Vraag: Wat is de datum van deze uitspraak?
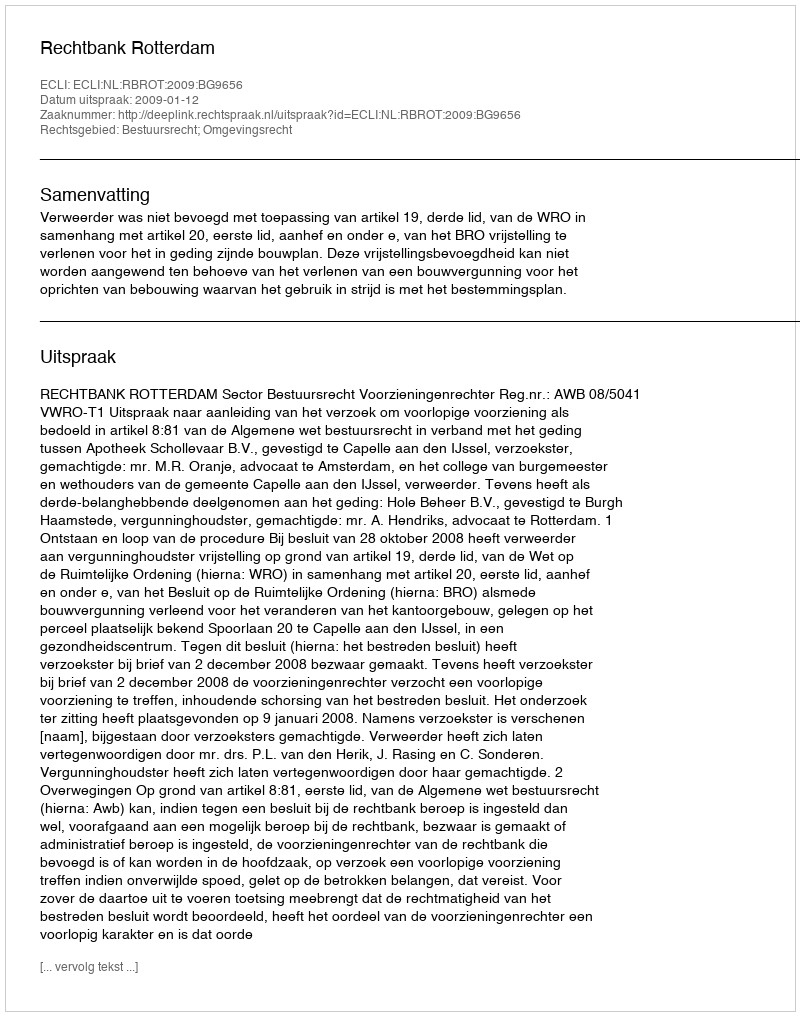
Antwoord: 2009-01-12